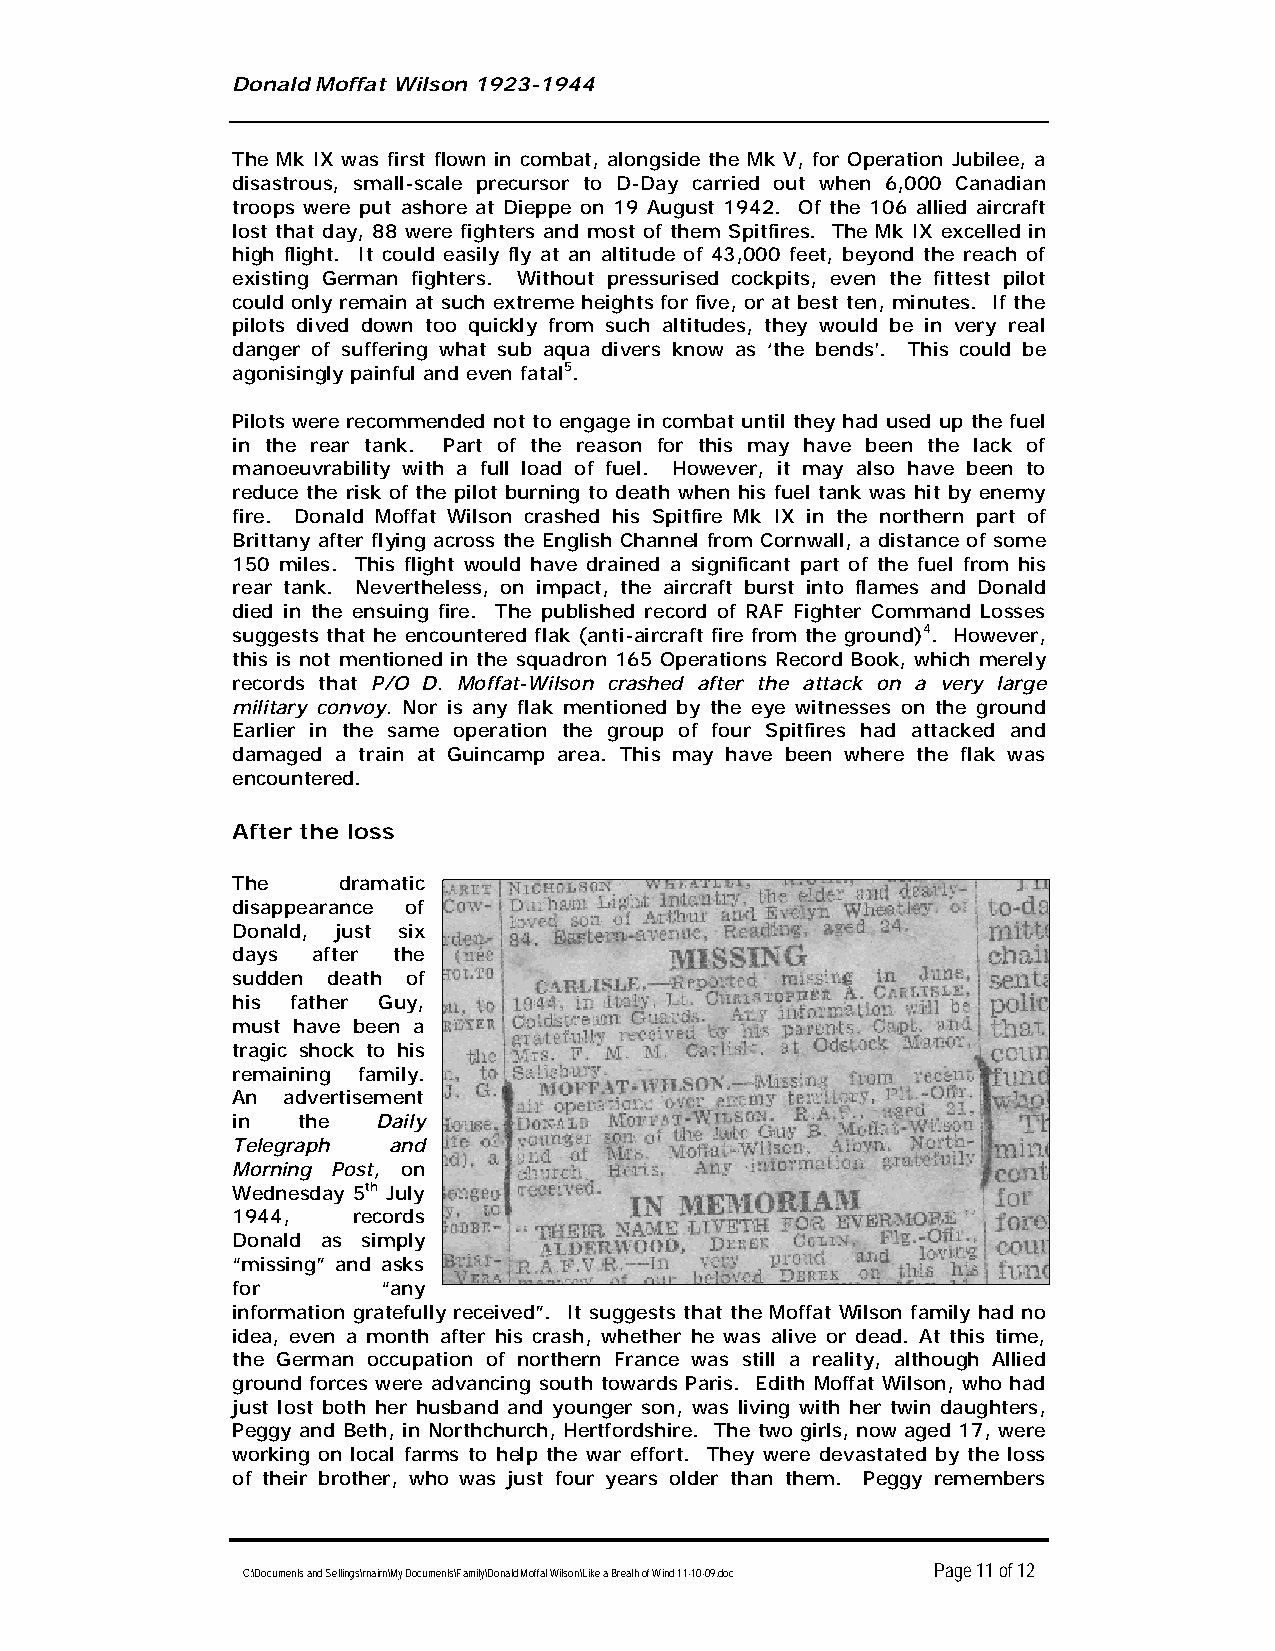
Donald Moffat Wilson 1923-1944
 The Mk IX was first flown in combat, alongside the Mk V, for Operation Jubilee, a
 disastrous, small-scale precursor to D-Day carried out when 6,000 Canadian
 troops were put ashore at Dieppe on 19 August 1942. Of the 106 allied aircraft
 lost that day, 88 were fighters and most of them Spitfires. The Mk IX excelled in
 high flight. It could easily fly at an altitude of 43,000 feet, beyond the reach of
 existing German fighters. Without pressurised cockpits, even the fittest pilot
 could only remain at such extreme heights for five, or at best ten, minutes. If the
 pilots dived down too quickly from such altitudes, they would be in very real
 danger of suffering what sub aqua divers know as ‘the bends’. This could be
 agonisingly painful and even fatal5.
 Pilots were recommended not to engage in combat until they had used up the fuel
 in the rear tank. Part of the reason for this may have been the lack of
 manoeuvrability with a full load of fuel. However, it may also have been to
 reduce the risk of the pilot burning to death when his fuel tank was hit by enemy
 fire. Donald Moffat Wilson crashed his Spitfire Mk IX in the northern part of
 Brittany after flying across the English Channel from Cornwall, a distance of some
 150 miles. This flight would have drained a significant part of the fuel from his
 rear tank. Nevertheless, on impact, the aircraft burst into flames and Donald
 died in the ensuing fire. The published record of RAF Fighter Command Losses
 suggests that he encountered flak (anti-aircraft fire from the ground) 4. However,
 this is not mentioned in the squadron 165 Operations Record Book, which merely
 records that P/O D. Moffat-Wilson crashed after the attack on a very large
 military convoy. Nor is any flak mentioned by the eye witnesses on the ground
 Earlier in the same operation the group of four Spitfires had attacked and
 damaged a train at Guincamp area. This may have been where the flak was
 encountered.
 After the loss
 The dramatic
 disappearance of
 Donald, just six
 days after the
 sudden death of
 his father Guy,
 must have been a
 tragic shock to his
 remaining family.
 An advertisement
 in the    Daily
 Telegraph  and
 Morning Post, on
 Wednesday 5th July
 1944, records
 Donald as simply
 “missing” and asks
 for “any
 information gratefully received”. It suggests that the Moffat Wilson family had no
 idea, even a month after his crash, whether he was alive or dead. At this time,
 the German occupation of northern France was still a reality, although Allied
 ground forces were advancing south towards Paris. Edith Moffat Wilson, who had
 just lost both her husband and younger son, was living with her twin daughters,
 Peggy and Beth, in Northchurch, Hertfordshire. The two girls, now aged 17, were
 working on local farms to help the war effort. They were devastated by the loss
 of their brother, who was just four years older than them. Peggy remembers
 Page 11 of 12
 C:\Documents and Settings\rnairn\My Documents\Family\Donald Moffat Wilson\Like a Breath of Wind 11-10-09.doc